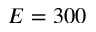
E = 3 0 0